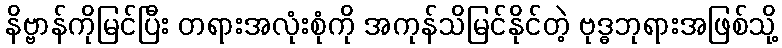
နိဗ္ဗာန်ကိုမြင်ပြီး တရားအလုံးစုံကို အကုန်သိမြင်နိုင်တဲ့ ဗုဒ္ဓဘုရားအဖြစ်သို့